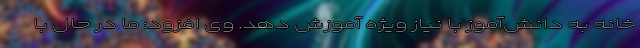
خانه به دانش‌آموز با نیاز ویژه آموزش دهد. وی افزود:‌ ما در حال با